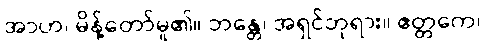
အာဟ၊ မိန့်တော်မူ၏။ ဘန္တေ၊ အရှင်ဘုရား။ ဧတ္တကေ၊